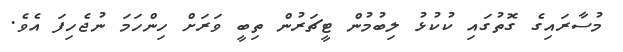
މުސާރައިގެ ގޮތުގައި ކުކުޅު ލިބުމުން ޓީޗަރުން ތިބީ ވަރަށް ހިންހަމަ ނުޖެހިފަ އެވެ.